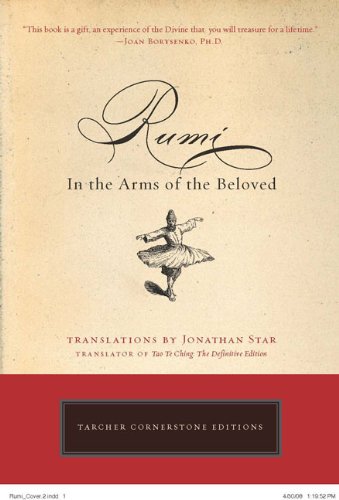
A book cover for Rumi: In the Arms of the Beloved (Cornerstone Editions); Jonathan Star; Religion & Spirituality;